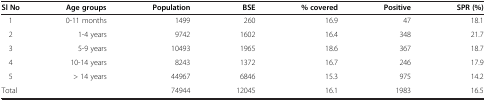
<table><thead><tr><td><b>Sl No</b></td><td><b>Age groups</b></td><td><b>Population</b></td><td><b>BSE</b></td><td><b>% covered</b></td><td><b>Positive</b></td><td><b>SPR (%)</b></td></tr></thead><tbody><tr><td>1</td><td>0-11 months</td><td>1499</td><td>260</td><td>16.9</td><td>47</td><td>18.1</td></tr><tr><td>2</td><td>1-4 years</td><td>9742</td><td>1602</td><td>16.4</td><td>348</td><td>21.7</td></tr><tr><td>3</td><td>5-9 years</td><td>10493</td><td>1965</td><td>18.6</td><td>367</td><td>18.7</td></tr><tr><td>4</td><td>10-14 years</td><td>8243</td><td>1372</td><td>16.7</td><td>246</td><td>17.9</td></tr><tr><td>5</td><td>&gt; 14 years</td><td>44967</td><td>6846</td><td>15.3</td><td>975</td><td>14.2</td></tr><tr><td colspan="2">Total</td><td>74944</td><td>12045</td><td>16.1</td><td>1983</td><td>16.5</td></tr></tbody></table>